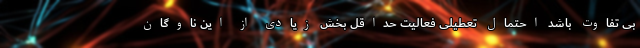
بی تفاوت باشد احتمال تعطیلی فعالیت حداقل بخش زیادی از این ناوگان